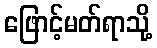
ဖြောင့်မတ်ရာသို့